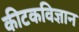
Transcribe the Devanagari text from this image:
कीटकविज्ञान